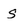
Character: s